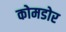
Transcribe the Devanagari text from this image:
कोमडोर